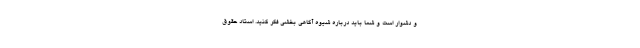
و دشوار است و شما باید درباره شیوه آگاهی بخشی فکر کنید. استاد حقوق